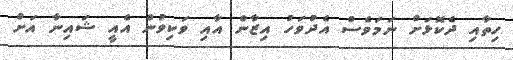
ހިތާއި ދެކޮޅަށް ނަމަވެސް އެދުވަހު އިޒާން އާއި ވަކިވުން އެއީ ޝައިނާ އަށް